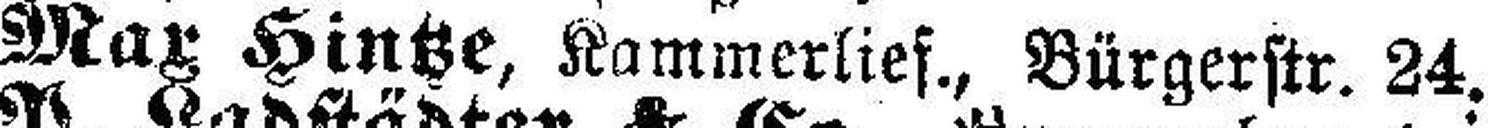
Max Hintze, Kammerlief., Bürgerstr. 24,